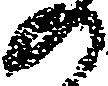
の